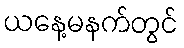
ယနေ့မနက်တွင်